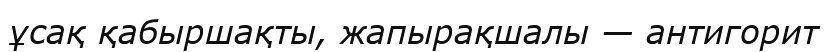
ұсақ қабыршақты, жапырақшалы — антигорит